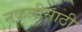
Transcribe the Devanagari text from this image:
नकलीसाठी